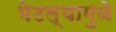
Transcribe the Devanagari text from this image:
भेटल्यामुळे